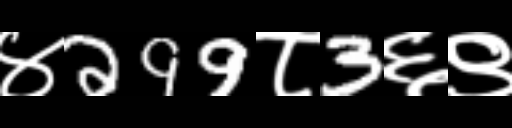
Text: ४299८3६९